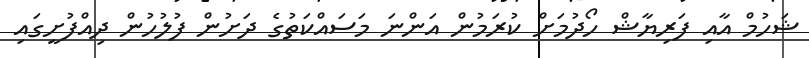
ޝަހުމް އާއި ފަރިޔާޝް ހޯދުމަށް ކުރަމުން އަންނަ މަސައްކަތުގެ ދަށުން ފުލުހުން ދިއްފުށީގައި